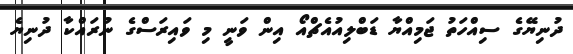
ދުނިޔޭގެ ސިއްހަތު ޖަމިއްޔާ ޑަބްލިއުއެޗްއޯ އިން ވަނީ މި ވައިރަސްގެ ނުރައްކާ ދުނިޔެ